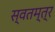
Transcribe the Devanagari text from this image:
स्वतम्त्र